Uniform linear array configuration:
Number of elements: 12
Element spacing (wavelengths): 0.25
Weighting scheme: hamming
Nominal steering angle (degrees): -60
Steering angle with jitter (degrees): -60.068
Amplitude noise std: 0.05
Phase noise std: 0.05

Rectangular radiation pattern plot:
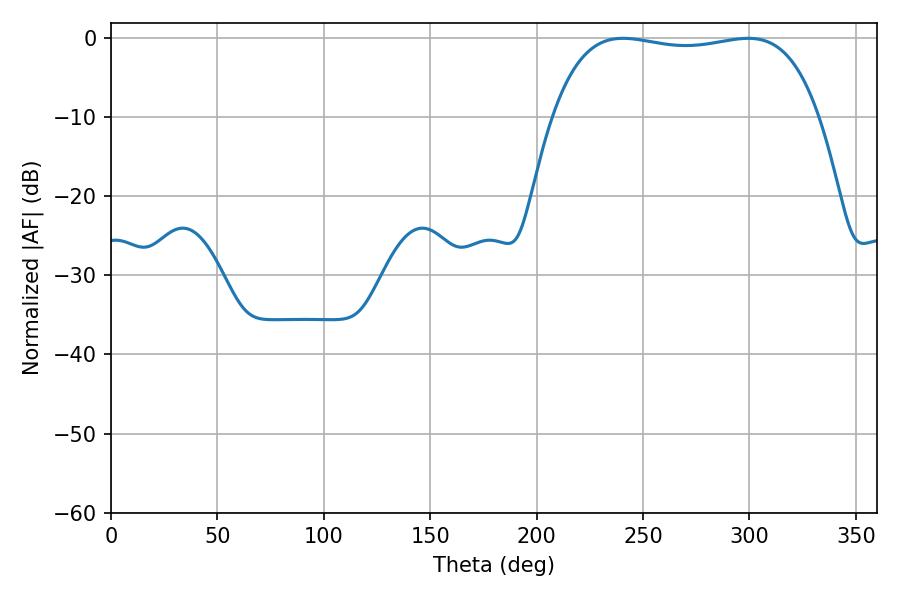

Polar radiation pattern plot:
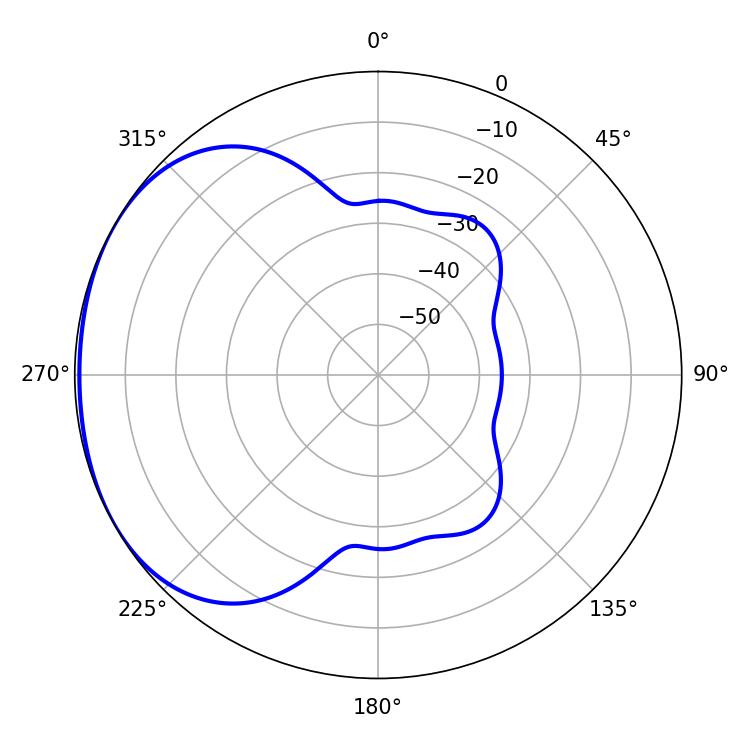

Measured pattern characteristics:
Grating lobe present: FALSE
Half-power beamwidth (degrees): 100.08
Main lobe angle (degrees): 240.66